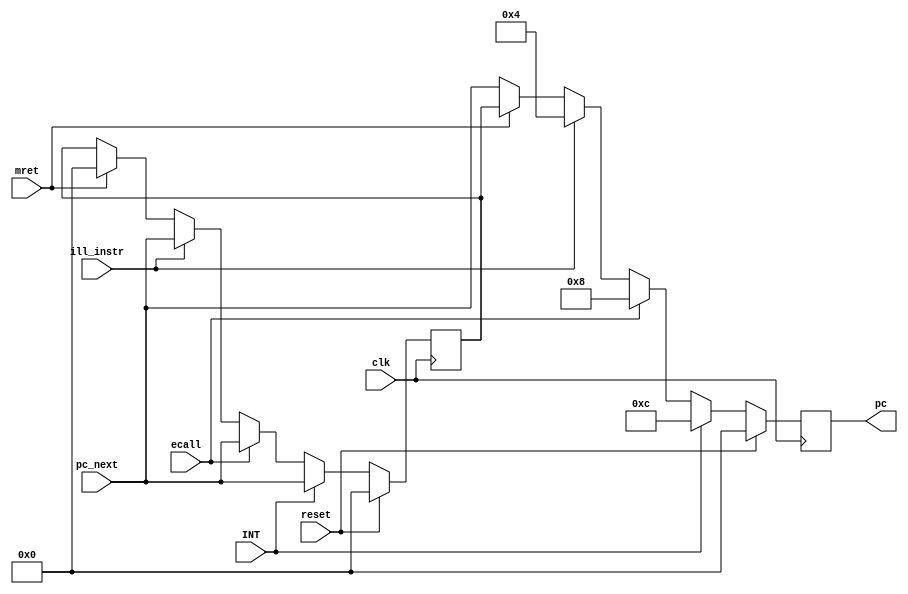
`timescale 1ns / 1ps
//////////////////////////////////////////////////////////////////////////////////
// Company: 
// Engineer: 
// 
// Design Name: 
// Module Name: RV_INT_0
// Project Name: 
// Target Devices: 
// Tool Versions: 
// Description: 
// 
// Dependencies: 
// 
// Revision:
// Revision 0.01 - File Created
// Additional Comments:
// 
//////////////////////////////////////////////////////////////////////////////////


module RV_INT_0(
    input clk,
    input reset,
    input INT,
    input ecall,
    input mret,
    input ill_instr,
    input [31:0]pc_next,
    output [31:0]pc
    );
    reg [31:0]mepc;
    reg [31:0]mstatus;
    reg [31:0]pc_out;
    always @(posedge clk)begin
        if(reset)begin
            pc_out = 0;
            mstatus = 32'h0;
            mepc = 0;
        end
        else begin
            if(INT)begin
                mepc = pc_next;
                pc_out = 32'h0c;
                mstatus = 32'h1;
                end
            else if(ecall)begin
                mepc = pc_next;
                pc_out = 32'h08;
                mstatus = 32'h1;
                end
             else if(ill_instr)begin
                mepc = pc_next;
                pc_out = 32'h04;
                mstatus = 32'h1;
                end
             else begin
                if(mret)begin
                    pc_out = mepc;
                    mepc = 0;
                    mstatus = 32'h0;
                end
                else begin
                    pc_out = pc_next;
                end
             end
        end
    end
    assign pc = pc_out;
endmodule